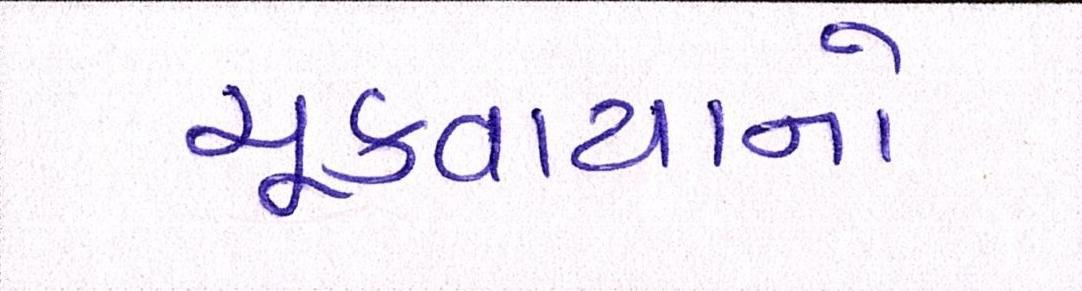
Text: ચૂકવાયાનો